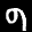
Label: 9